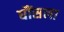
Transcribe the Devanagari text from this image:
घौंसला